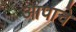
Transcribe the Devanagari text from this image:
आपाचे